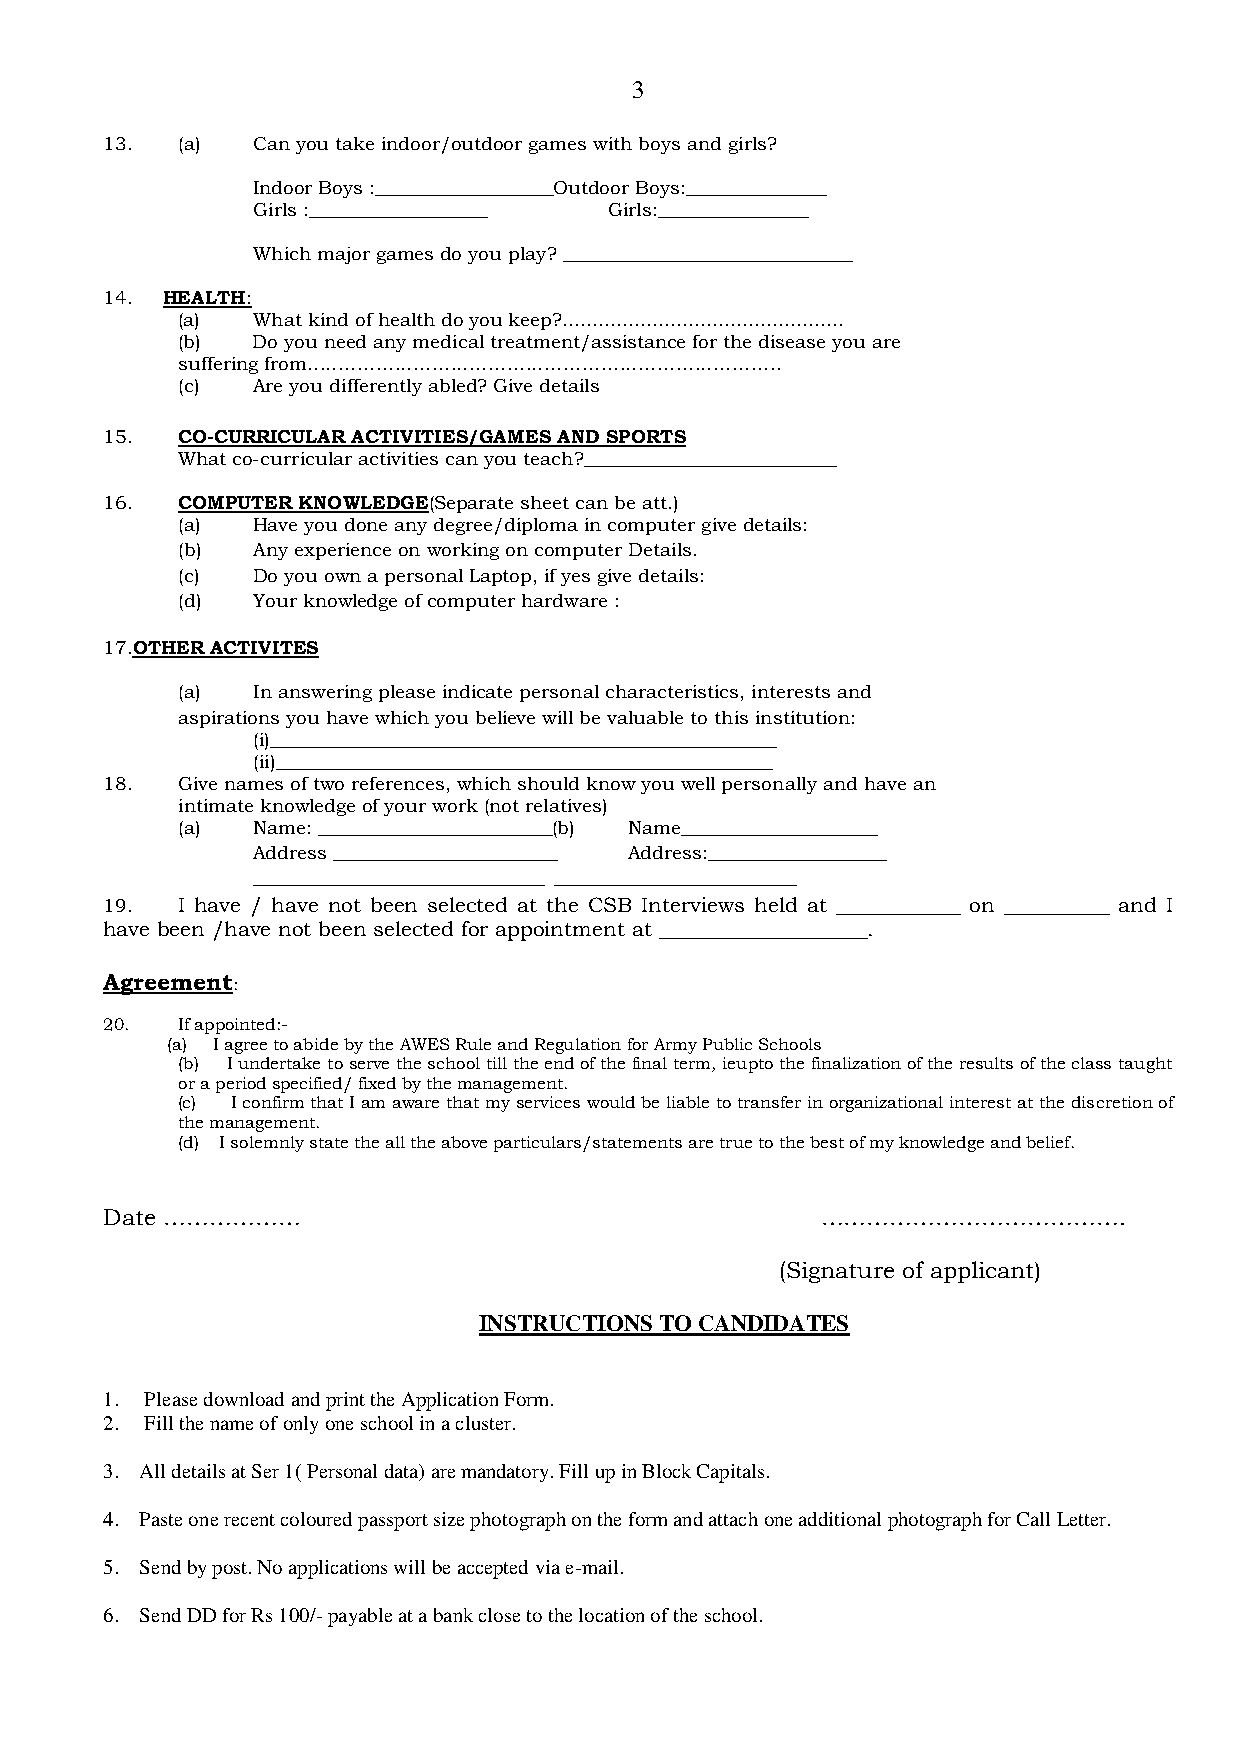
3
 13.  (a)  Can you take indoor/outdoor games with boys and girls?
 Indoor Boys :___________________Outdoor Boys:_______________
 Girls :___________________ Girls:________________
 Which major games do you play? _______________________________
 14. HEALTH:
 (a)  What kind of health do you keep?...............................................
 (b)  Do you need any medical treatment/assistance for the disease you are
 suffering from………………………………………………………………….
 (c)  Are you differently abled? Give details
 15.  CO-CURRICULAR ACTIVITIES/GAMES AND SPORTS
 What co-curricular activities can you teach?___________________________
 16.  COMPUTER KNOWLEDGE(Separate sheet can be att.)
 (a)  Have you done any degree/diploma in computer give details:
 (b)  Any experience on working on computer Details.
 (c)  Do you own a personal Laptop, if yes give details:
 (d)  Your knowledge of computer hardware :
 17.OTHER ACTIVITES
 (a)  In answering please indicate personal characteristics, interests and
 aspirations you have which you believe will be valuable to this institution:
 (i)______________________________________________________
 (ii)_____________________________________________________
 18.  Give names of two references, which should know you well personally and have an
 intimate knowledge of your work (not relatives)
 (a)  Name: _________________________(b) Name_____________________
 Address ________________________ Address:___________________
 _______________________________ __________________________
 19.  I have / have not been selected at the CSB Interviews held at ____________ on __________ and I
 have been /have not been selected for appointment at ____________________.
 Agreement:
 20.  If appointed:-
 (a) I agree to abide by the AWES Rule and Regulation for Army Public Schools
 (b) I undertake to serve the school till the end of the final term, ieupto the finalization of the results of the class taught
 or a period specified/ fixed by the management.
 (c) I confirm that I am aware that my services would be liable to transfer in organizational interest at the discretion of
 the management.
 (d) I solemnly state the all the above particulars/statements are true to the best of my knowledge and belief.
 Date ………………                                    ………………………………….
 (Signature of applicant)
 INSTRUCTIONS TO CANDIDATES
 1. Please download and print the Application Form.
 2. Fill the name of only one school in a cluster.
 3. All details at Ser 1( Personal data) are mandatory. Fill up in Block Capitals.
 4. Paste one recent coloured passport size photograph on the form and attach one additional photograph for Call Letter.
 5. Send by post. No applications will be accepted via e-mail.
 6. Send DD for Rs 100/- payable at a bank close to the location of the school.